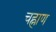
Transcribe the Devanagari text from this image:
चह्नाण